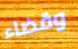
وقضاء